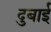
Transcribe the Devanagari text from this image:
दुबाई